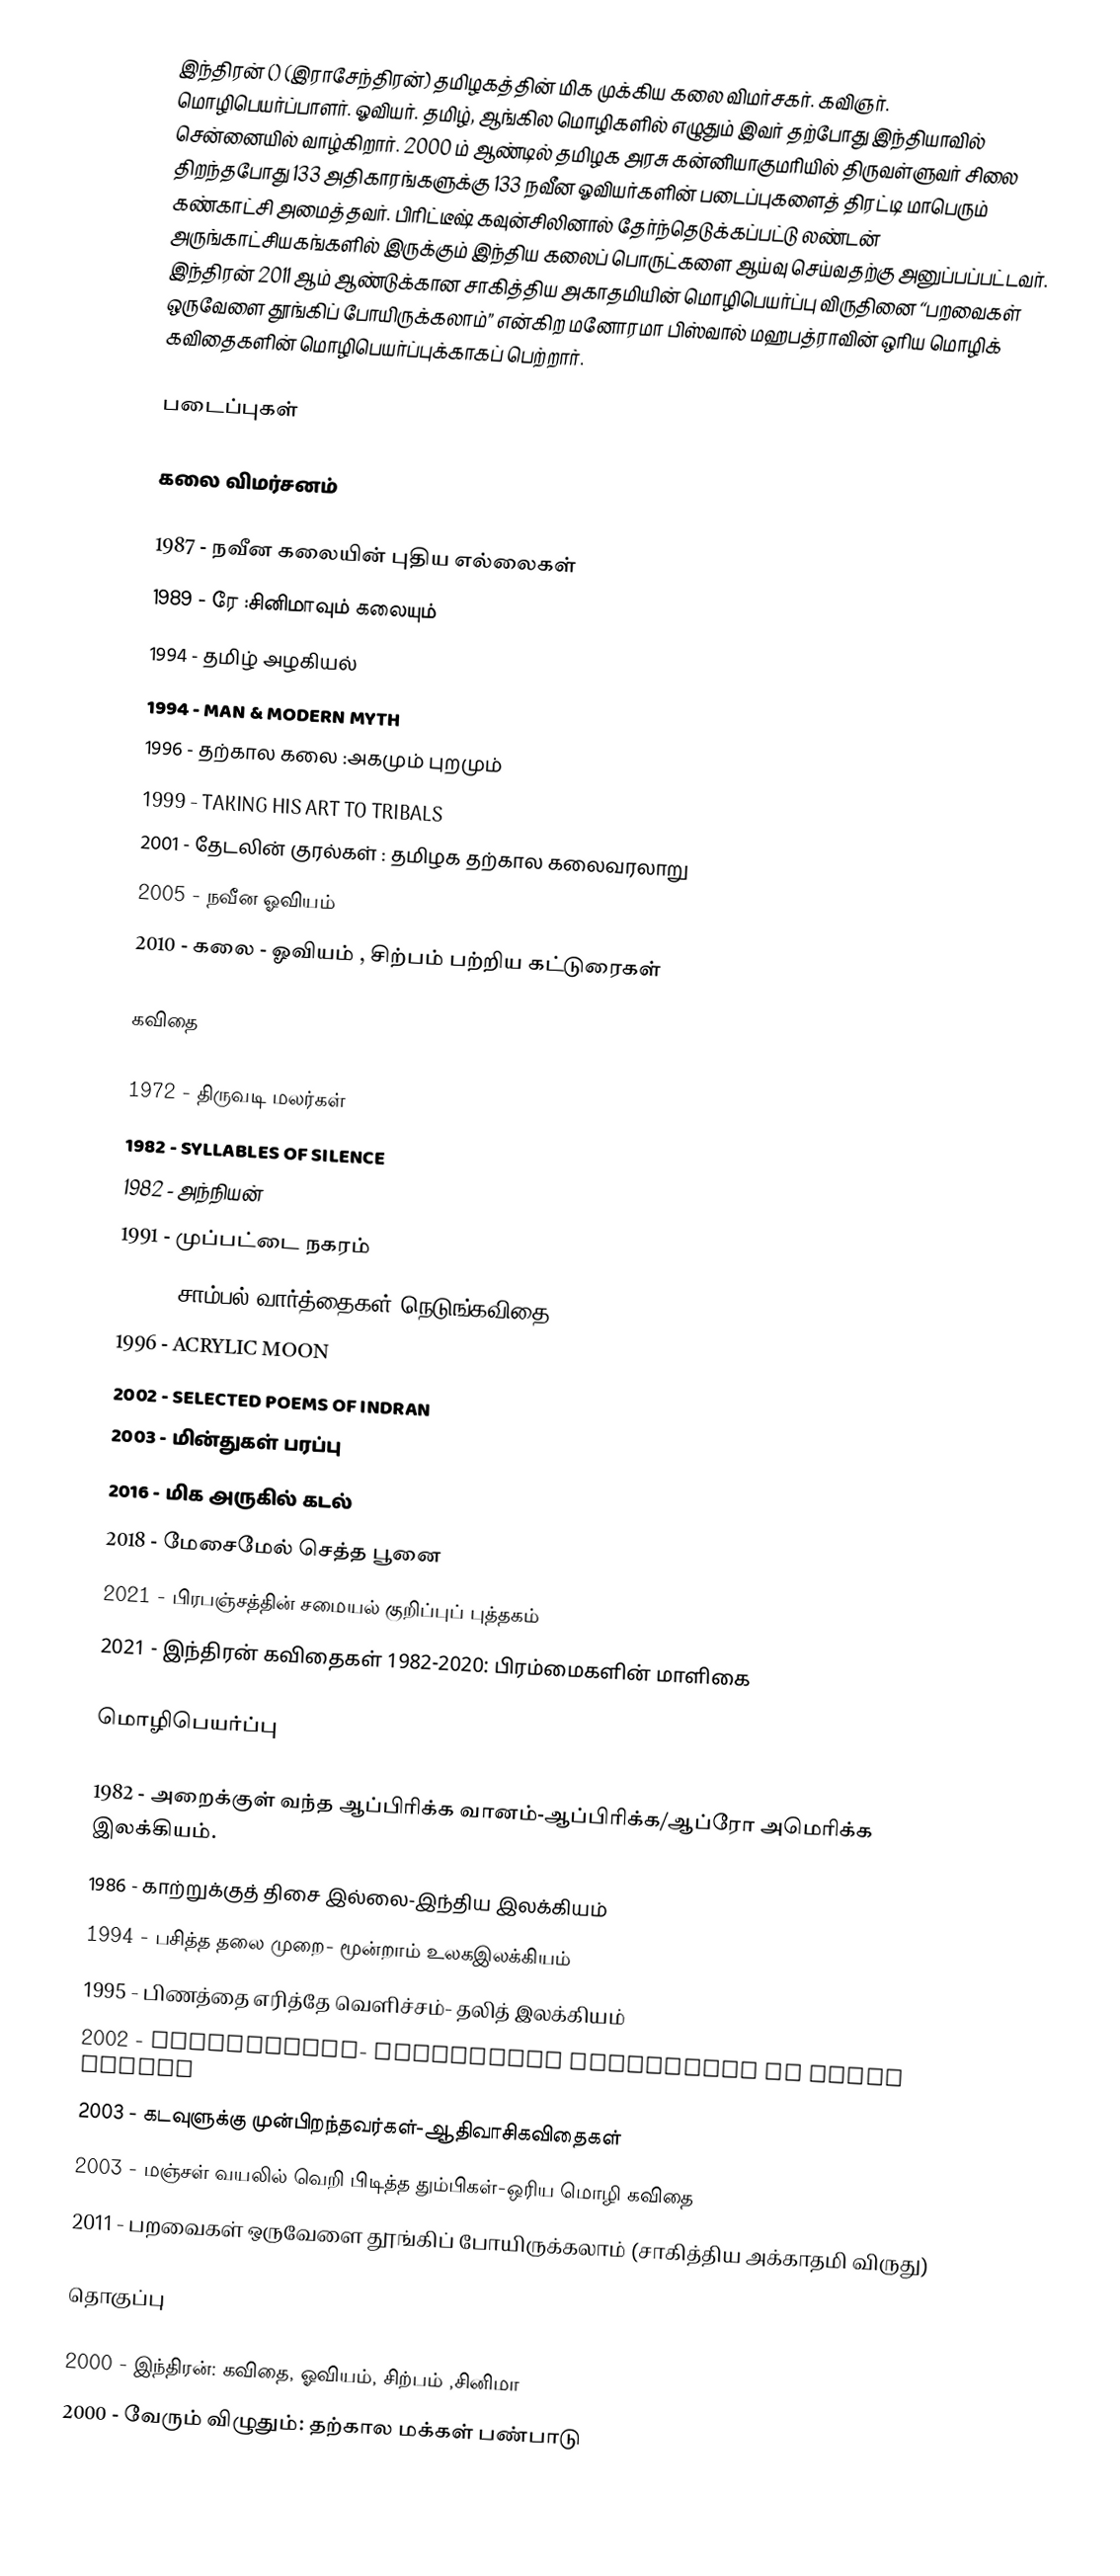
இந்திரன் () (இராசேந்திரன்) தமிழகத்தின் மிக முக்கிய கலை விமர்சகர். கவிஞர். மொழிபெயர்ப்பாளர். ஓவியர். தமிழ், ஆங்கில மொழிகளில் எழுதும் இவர் தற்போது இந்தியாவில் சென்னையில் வாழ்கிறார். 2000 ம் ஆண்டில் தமிழக அரசு கன்னியாகுமரியில் திருவள்ளுவர் சிலை திறந்தபோது 133 அதிகாரங்களுக்கு 133 நவீன ஓவியர்களின் படைப்புகளைத் திரட்டி மாபெரும் கண்காட்சி அமைத்தவர். பிரிட்டீஷ் கவுன்சிலினால் தேர்ந்தெடுக்கப்பட்டு லண்டன் அருங்காட்சியகங்களில் இருக்கும் இந்திய கலைப் பொருட்களை ஆய்வு செய்வதற்கு அனுப்பப்பட்டவர். இந்திரன் 2011 ஆம் ஆண்டுக்கான சாகித்திய அகாதமியின் மொழிபெயர்ப்பு விருதினை “பறவைகள் ஒருவேளை தூங்கிப் போயிருக்கலாம்” என்கிற மனோரமா பிஸ்வால் மஹபத்ராவின் ஒரிய மொழிக் கவிதைகளின் மொழிபெயர்ப்புக்காகப் பெற்றார்.

படைப்புகள்

கலை விமர்சனம்

 1987 - நவீன கலையின் புதிய எல்லைகள்
 1989 - ரே :சினிமாவும் கலையும்
 1994 - தமிழ் அழகியல்
 1994 - MAN & MODERN MYTH
 1996 - தற்கால கலை :அகமும் புறமும்
 1999 - TAKING HIS ART TO TRIBALS
 2001 - தேடலின் குரல்கள் : தமிழக தற்கால கலைவரலாறு
 2005 - நவீன ஓவியம்
 2010 -  கலை - ஓவியம் , சிற்பம் பற்றிய கட்டுரைகள்

கவிதை

 1972 - திருவடி மலர்கள்
 1982 - SYLLABLES OF SILENCE
 1982 - அந்நியன்
 1991 - முப்பட்டை நகரம்
 1994 - சாம்பல் வார்த்தைகள்-நெடுங்கவிதை
 1996 - ACRYLIC MOON
 2002 - SELECTED POEMS OF INDRAN
 2003 - மின்துகள் பரப்பு
 2016 - மிக அருகில் கடல்
 2018 - மேசைமேல் செத்த பூனை
 2021 - பிரபஞ்சத்தின் சமையல் குறிப்புப் புத்தகம்
 2021 - இந்திரன் கவிதைகள் 1982-2020: பிரம்மைகளின் மாளிகை

மொழிபெயர்ப்பு

 1982 - அறைக்குள் வந்த ஆப்பிரிக்க வானம்-ஆப்பிரிக்க/ஆப்ரோ அமெரிக்க இலக்கியம்.
 1986 - காற்றுக்குத் திசை இல்லை-இந்திய இலக்கியம்
 1994 - பசித்த தலை முறை- மூன்றாம் உலகஇலக்கியம்
 1995 - பிணத்தை எரித்தே வெளிச்சம்- தலித் இலக்கியம்
 2002 - KAVITHAYANA- TRILINGUAL COLLECTION OF ORIYA POETRY
 2003 - கடவுளுக்கு முன்பிறந்தவர்கள்-ஆதிவாசிகவிதைகள்
 2003 - மஞ்சள் வயலில் வெறி பிடித்த தும்பிகள்-ஒரிய மொழி கவிதை
 2011 - பறவைகள் ஒருவேளை தூங்கிப் போயிருக்கலாம் (சாகித்திய அக்காதமி விருது)

தொகுப்பு

 2000 - இந்திரன்: கவிதை, ஓவியம், சிற்பம் ,சினிமா
 2000 - வேரும் விழுதும்: தற்கால மக்கள் பண்பாடு